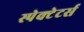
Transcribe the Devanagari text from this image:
स्पेक्टेटर्स